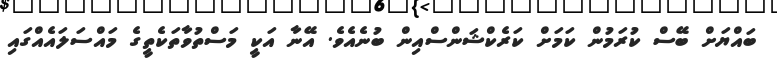
ބައްޔަށް ބޭސް ކުރަމުން ކަމަށް ކަރެކްޝަންސްއިން ބުނެއެވެ. އޭނާ އަކީ މަސްތުވާތަކެތީގެ މައްސަލައެއްގައި